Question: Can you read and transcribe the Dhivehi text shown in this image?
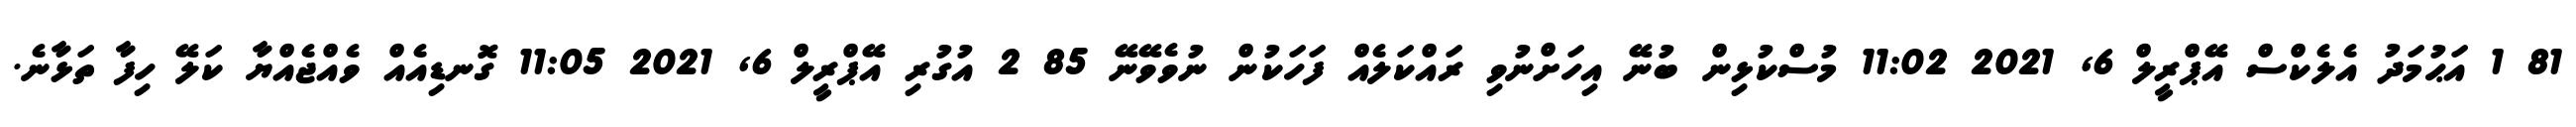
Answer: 81 1 އަޙުމަދު އެލެކްސް އޭޕްރީލް 6, 2021 11:02 މުސްކުޅިން ބުނޭ އިހަށްނުވި ރައްކަލެއް ފަހަކުން ނުވެވޭނޭ 85 2 އުގުރި އޭޕްރީލް 6, 2021 11:05 ގޮނޑިއެއް ވެއްޖެއްޔާ ކަލޭ ހިފާ ތަޅާނެ.